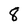
Character: 8